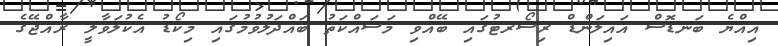
އިއްޔެ ބަނޑޮސް އައިލަންޑް ރިސޯރޓުގައި ބޭއްވި މަސައްކަތު ބައްދަލުވުމުގައި މިކޯޑު އެކުލަވާލީ ރާއްޖޭގެ